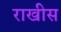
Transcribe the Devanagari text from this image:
राखीस